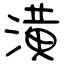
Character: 潢